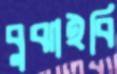
বুঝাইবি